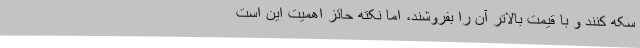
سکه کنند و با قیمت بالاتر آن را بفروشند، اما نکته حائز اهمیت این است